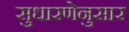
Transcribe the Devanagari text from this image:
सुधारणेनुसार